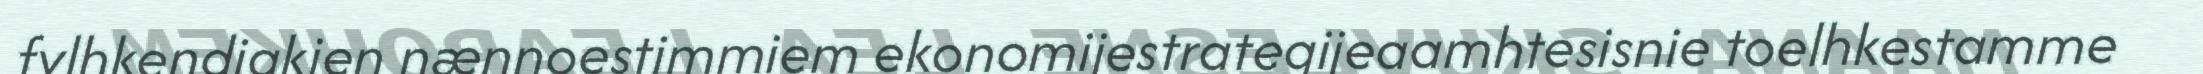
fylhkendigkien nænnoestimmiem ekonomijestrategijeaamhtesisnie toelhkestamme